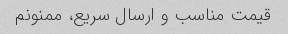
قیمت مناسب و ارسال سریع، ممنونم